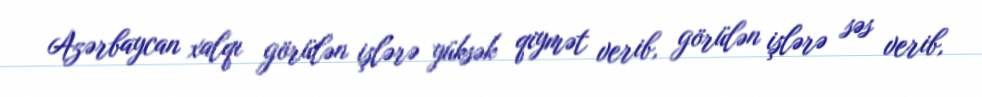
Azərbaycan xalqı görülən işlərə yüksək qiymət verib, görülən işlərə səs verib,